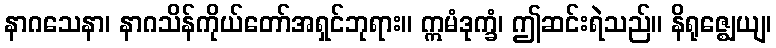
နာဂသေနာ၊ နာဂသိန်ကိုယ်တော်အရှင်ဘုရား။ ဣမံဒုက္ခံ၊ ဤဆင်းရဲသည်။ နိရုဇ္ဈေယျ၊